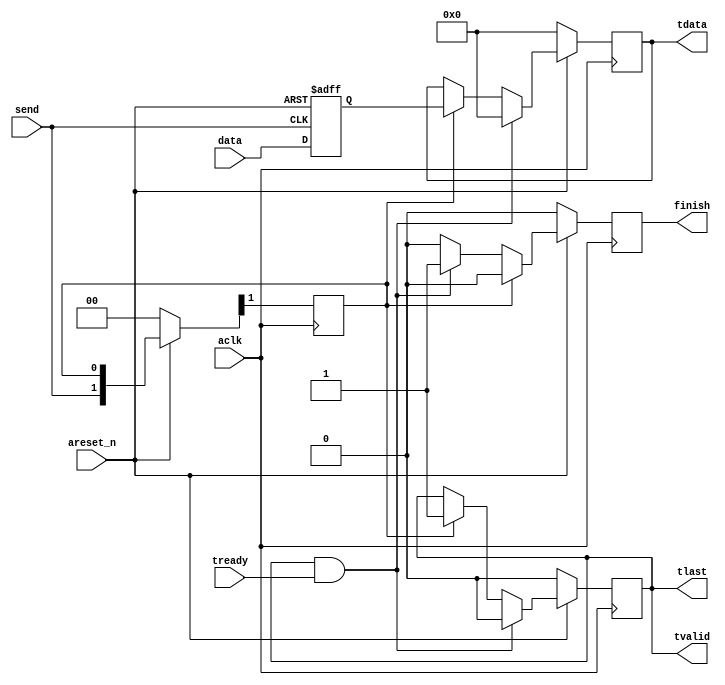
// Simple AXI-Stream Master
// Takes the data and sends it through the AXIS interface
// When send posedge happens, sends the data


`timescale 1us/1us

module axis_m ( input areset_n, 
				input aclk, 
				input [31:0] data, 
				input send,
				
				input tready, 
				output reg tvalid,
				output tlast, 
				output reg [31:0] tdata,
				
				output reg finish
			);


reg [31:0] data_buf; // buffer to keep the send data from change
always @ (posedge send or negedge areset_n)
	if (~areset_n)
		data_buf <= 0;
	else
		data_buf <= data;
		
reg send_pulse_1d,send_pulse_2d;
// just delay the send signal 
always @ (posedge aclk)
    if (~areset_n)
		{send_pulse_1d,send_pulse_2d } <= 2'b00;
	else 
		{send_pulse_1d,send_pulse_2d } <= {send, send_pulse_1d};
	
	
// handshake happened between master and slave
wire handshake;	
assign handshake  = tvalid & tready;
	
// tdata
always @ (posedge aclk)
    if (~areset_n)
        tdata <= 1'b0;	
	else
		if (handshake)
			tdata <= 0;
		else if (send_pulse_1d)
				tdata <= data_buf;
			else
				tdata <= tdata;
	
// tvalid
// as soon as the fifo becomes no empty the tvalid goes high
always @ (posedge aclk)
    if (~areset_n)
        tvalid <= 1'b0;
    else
		if (handshake)
			tvalid <= 1'b0;
		else
			if (send_pulse_1d )
				tvalid <= 1'b1;
			else 
				tvalid <= tvalid;
		
// tlast
// same behavioral as tvalid
assign tlast = tvalid;

// finish
always @ (posedge aclk)
    if (~areset_n)
        finish <= 1'b0;
	else
		if (send_pulse_1d)
			finish <= 1'b0;
		else
			if (handshake)
				finish <= 1'b1;
			else
				finish <= 1'b0;
	

endmodule